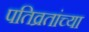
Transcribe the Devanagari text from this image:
पतिव्रतांच्या